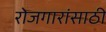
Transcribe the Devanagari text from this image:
रोजगारांसाठी